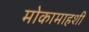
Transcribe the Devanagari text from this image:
मोकामाहशी